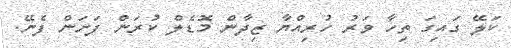
ކަލޭ ގައިގަ ތިހާ ވަރު ހުރިއްޔާ ޒިދާން މޮޑެލް ކުރަން ފަށަން ފެނޭ.